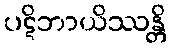
ပဋိဘာယိဿန္တိ